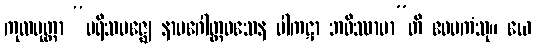
ကုလပုတ္တာ “ပရိသမဇ္ဈေ နာမဂေါတ္တဝသေန ပါကဋာ ဘဝိဿာမာ”တိ ဧဝမကံသု။ ယေ